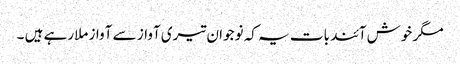
مگر خوش آئند بات یہ کہ نوجوان تیری آواز سے آواز ملارہے ہیں ۔